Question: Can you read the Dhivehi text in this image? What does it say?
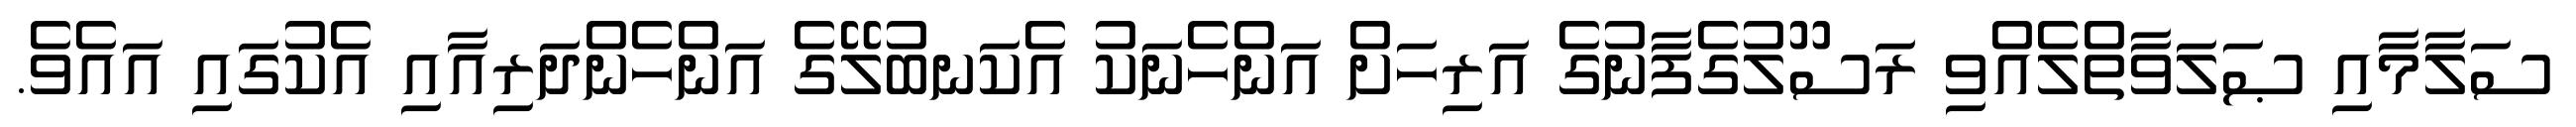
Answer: ސަލާމާއި ޞަލަވާތްލެއްވި ރަސޫލުގެފާނުގެ އަރިހަށް އަންހެނަކު އެކަނބުލޭގެ އަންހެންދަރިއާއި އެކުގައި އައެވެ.